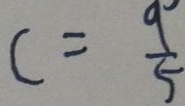
c = \frac { 9 } { 5 }